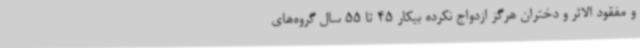
و مفقود الاثر و دختران هرگز ازدواج نکرده بیکار 45 تا 55 سال گروه‌های